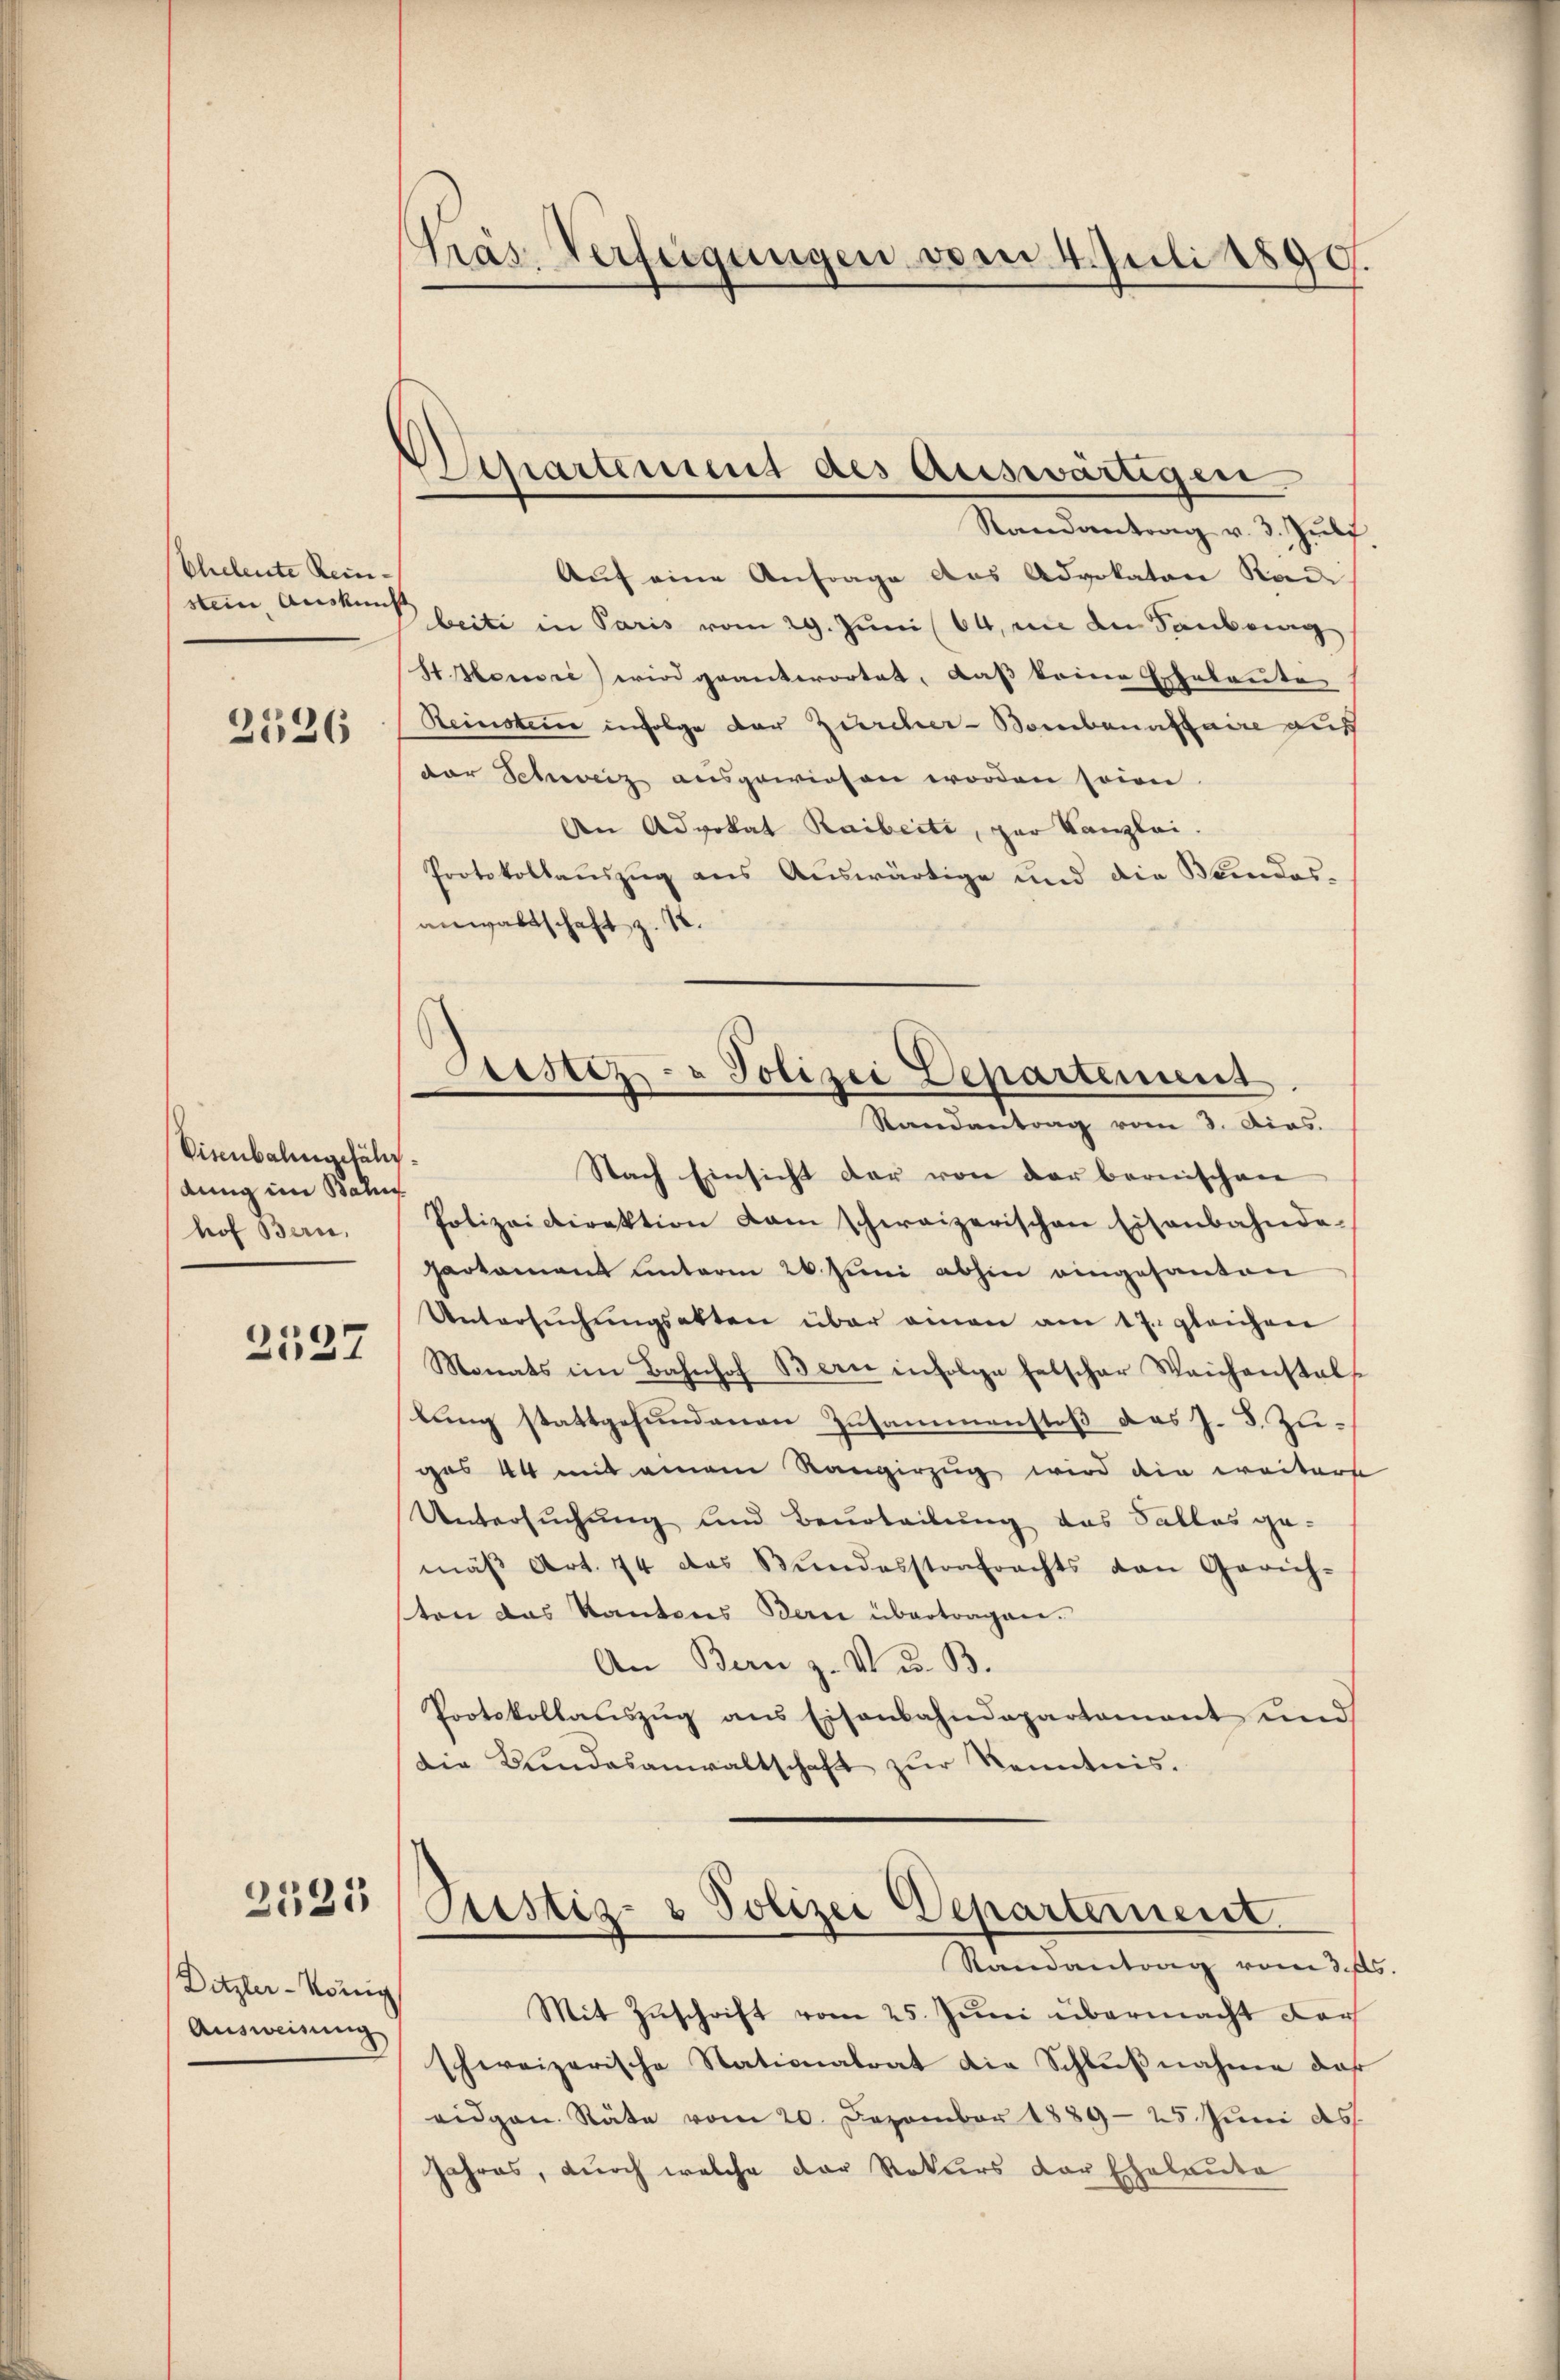
Eheleute Rein-
stein Auskund

2526

Visenbalingefäldung im Balin
hof Bern,

2527

2521

Ditzler-König
Ausweisung

Präs. Verfügungen vom 4. Juli 1890.

Separtement des Auswärtigen.
Randantrag v. 3. Jŭli

Gestez- u Polizei Departement
Randantrag vom 3. Dias.

Auf eine Anfrage das Advokaten Kan
beite in Paris vom 29. Juni 84, in die Taubeng
St Monsii) wird geantwortet, daß keine Eheleute
Reinstern infolge der Zürcher-Bombanataire auf
der Schweiz ausgewiesen worden sein.
An Advokat Raibecte, zur Kanzlei.
Protokollauszug aus Auswärtige und die Wundes-
anwaltschaft z. 12.
Nach Einsicht der von der bernischen
Polizeidirektion dem schweizerischen Eisenbahnde-
partamant hinterm 26. Juni abhin eingesanten
Untersŭchŭngsakten über einen am 17. gleichen
Monats im Bahnhof Bern infolge falscher Weichenstals
lung stattgefundenen Zusammenstoß das J. S. Zugas 44 mit einem Rangirzug wird die weiters
Untersuchung und Beurteilung das Sallas ge-
mäβ Art. 74 das Bŭndesstrafrechts von Gerich-
ten das Kantons Bern übertragen.
An Bern z. V. u. B.
Protokollauszug aus Eisenbahndepartamant und
Die Bŭndesanwaltschaft zŭr Kenntnis.

Justiz- & Polizei Departernent.
Randantrag vom 3. ds.

Mit Zuschrift vom 25. Juni übermacht darf
schweizerische Stationalrat die Schlußnahme daß
eidgen. Räte vom 20. Dezember 1889-25. Juni ds.
Jahres, durch welche der Rekurs der Eheleute